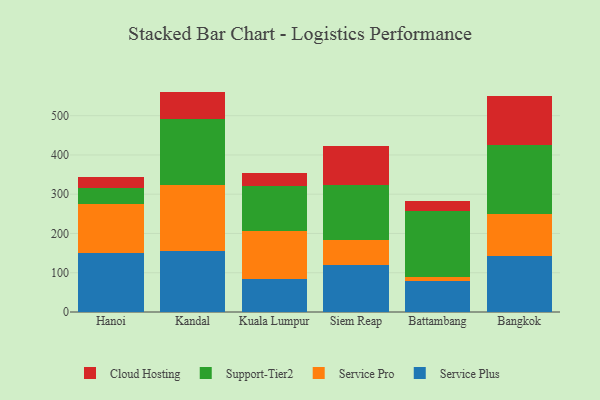
{"axis": {"x": "City", "y": "Latency (ms)"}, "legend": ["Cloud Hosting", "Service Plus", "Service Pro", "Support-Tier2"], "data": [{"x": "Hanoi", "y": 150.7, "type": "Service Plus"}, {"x": "Hanoi", "y": 124.3, "type": "Service Pro"}, {"x": "Hanoi", "y": 41.3, "type": "Support-Tier2"}, {"x": "Hanoi", "y": 27.9, "type": "Cloud Hosting"}, {"x": "Kandal", "y": 155.9, "type": "Service Plus"}, {"x": "Kandal", "y": 166.8, "type": "Service Pro"}, {"x": "Kandal", "y": 169.5, "type": "Support-Tier2"}, {"x": "Kandal", "y": 69.1, "type": "Cloud Hosting"}, {"x": "Kuala Lumpur", "y": 85.3, "type": "Service Plus"}, {"x": "Kuala Lumpur", "y": 120.1, "type": "Service Pro"}, {"x": "Kuala Lumpur", "y": 115.6, "type": "Support-Tier2"}, {"x": "Kuala Lumpur", "y": 32.8, "type": "Cloud Hosting"}, {"x": "Siem Reap", "y": 118.8, "type": "Service Plus"}, {"x": "Siem Reap", "y": 65.4, "type": "Service Pro"}, {"x": "Siem Reap", "y": 140.2, "type": "Support-Tier2"}, {"x": "Siem Reap", "y": 99.3, "type": "Cloud Hosting"}, {"x": "Battambang", "y": 79.8, "type": "Service Plus"}, {"x": "Battambang", "y": 10.1, "type": "Service Pro"}, {"x": "Battambang", "y": 168.5, "type": "Support-Tier2"}, {"x": "Battambang", "y": 25.2, "type": "Cloud Hosting"}, {"x": "Bangkok", "y": 143.8, "type": "Service Plus"}, {"x": "Bangkok", "y": 105.1, "type": "Service Pro"}, {"x": "Bangkok", "y": 176.0, "type": "Support-Tier2"}, {"x": "Bangkok", "y": 125.7, "type": "Cloud Hosting"}]}